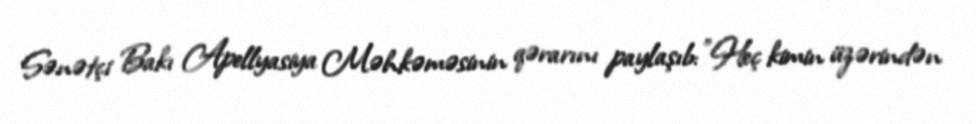
Sənətçi Bakı Apellyasiya Məhkəməsinin qərarını paylaşıb: "Heç kimin üzərindən